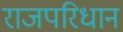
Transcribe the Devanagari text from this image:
राजपरिधान